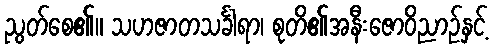
ညွတ်စေ၏။ သဟဇာတသင်္ခါရာ၊ စုတိ၏အနီးဇောဝိညာဉ်နှင့်